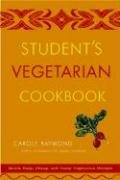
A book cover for Student's Vegetarian Cookbook, Revised: Quick, Easy, Cheap, and Tasty Vegetarian Recipes; Carole Raymond; Cookbooks, Food & Wine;